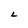
Character: L